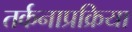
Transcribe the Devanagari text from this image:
तर्कनाप्रक्रिया